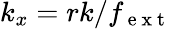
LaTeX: k_{x}=rk/f_{\mathrm{~e~x~t~}}